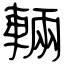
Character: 輛